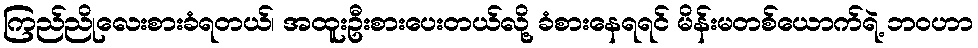
ကြည်ညိုလေးစားခံရတယ်၊ အထူးဦးစားပေးတယ်လို့ ခံစားနေရရင် မိန်းမတစ်ယောက်ရဲ့ ဘဝဟာ